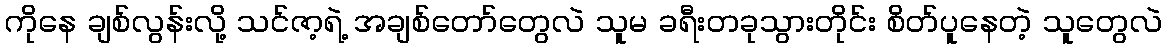
ကိုနေ ချစ်လွန်းလို့ သင်ဇာ့ရဲ့ အချစ်တော်တွေလဲ သူမ ခရီးတခုသွားတိုင်း စိတ်ပူနေတဲ့ သူတွေလဲ